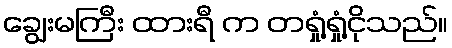
ချွေးမကြီး ထားရီ က တရှုံ့ရှုံ့ငိုသည်။